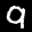
Label: 9